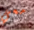
معي